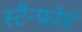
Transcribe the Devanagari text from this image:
स्टैन्फ़ोर्ड